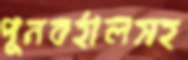
পুনবর্হালসহ